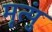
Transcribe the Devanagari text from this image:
मृत्युं